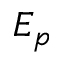
E _ { p }